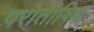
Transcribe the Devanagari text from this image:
परोतोषिक